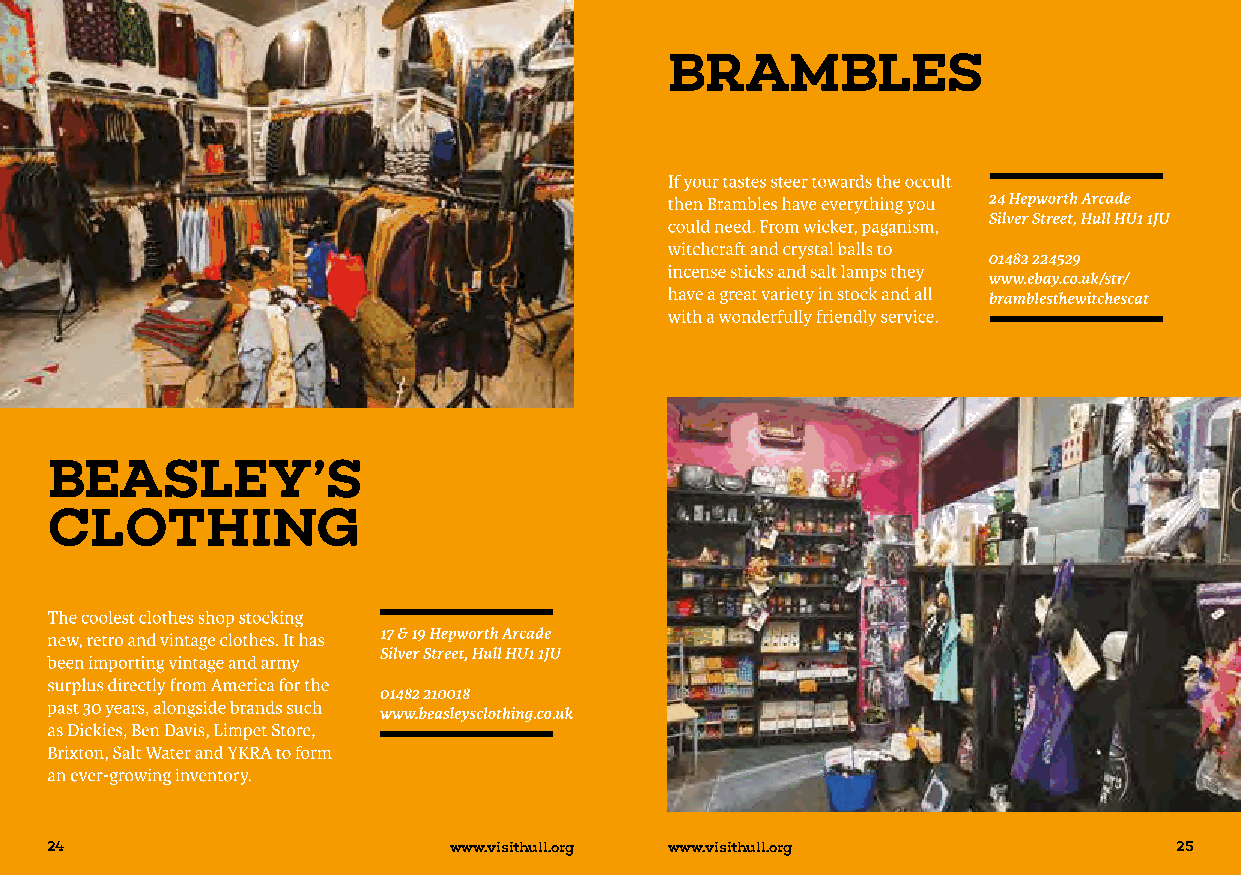
24                         www.visithull.org www.visithull.org             25